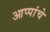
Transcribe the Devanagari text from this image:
आप्पांचे